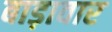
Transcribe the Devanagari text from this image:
बाड़ावार